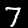
Digit: 7